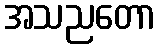
အသညတော